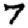
Digit: 7